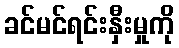
ခင်မင်ရင်းနှီးမှုကို